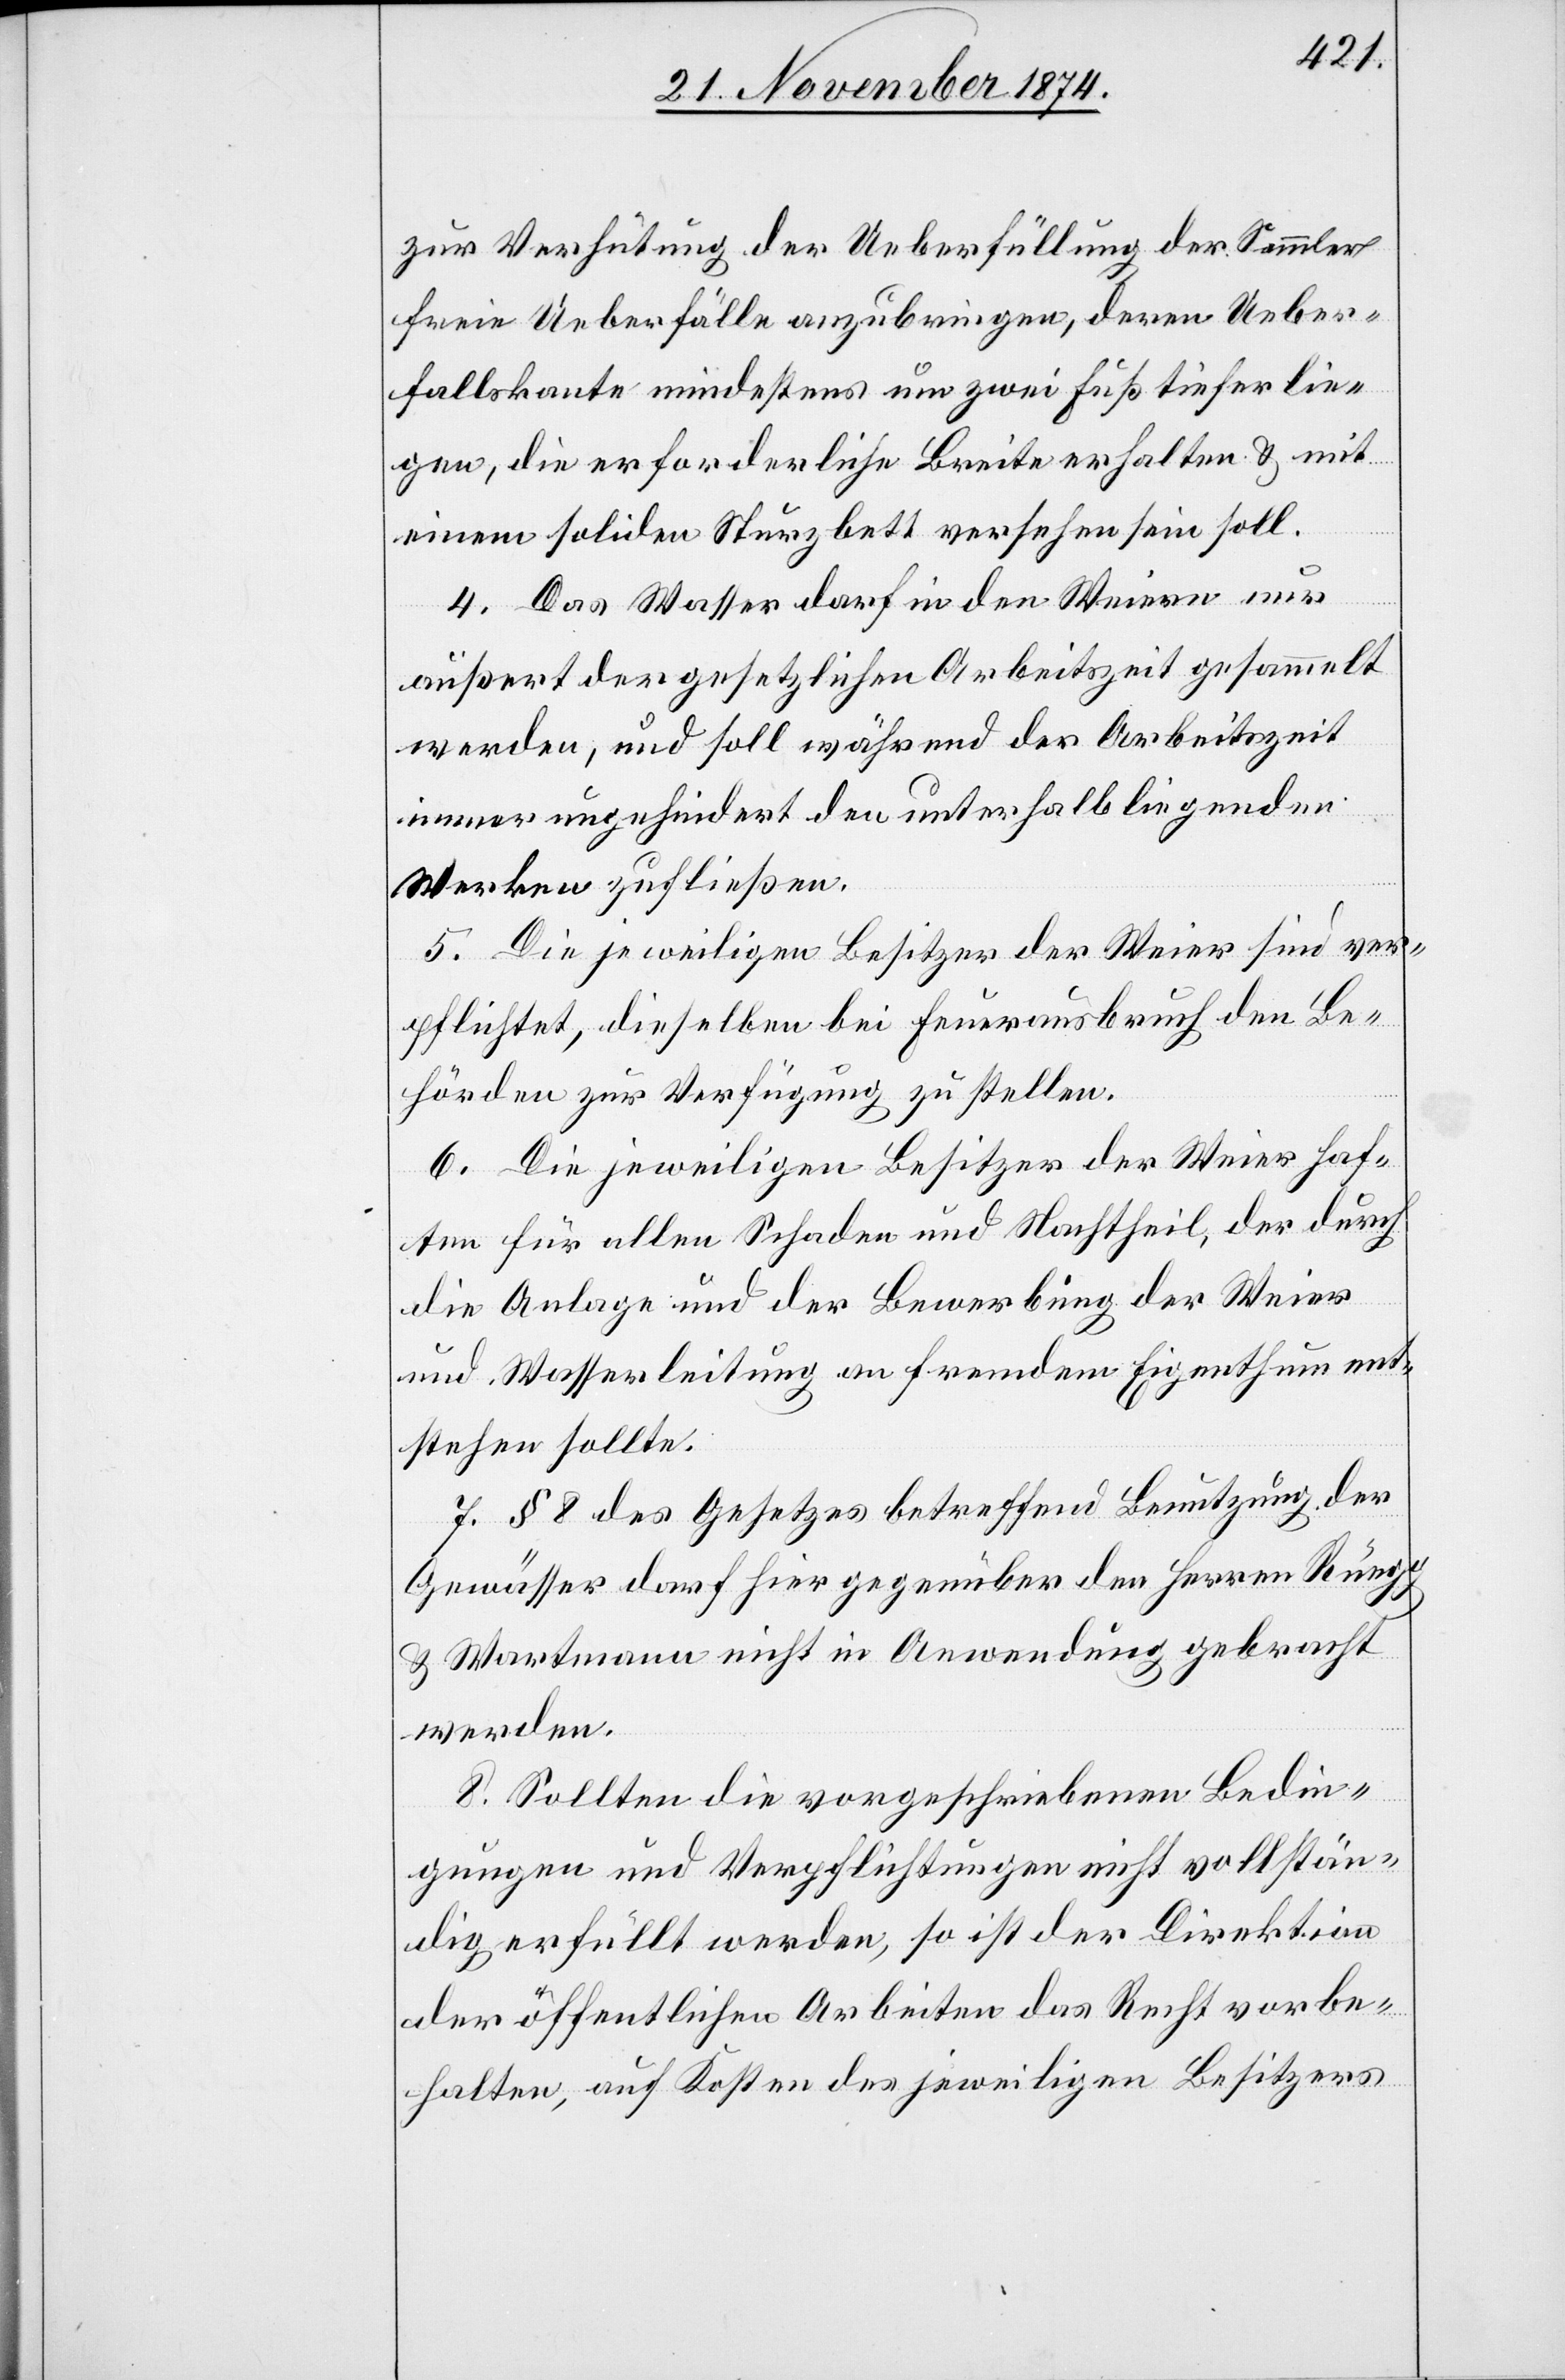
zur Verhütung der Ueberfüllung der Sammler
freie Ueberfälle anzubringen, deren Ueber¬
fallskante mindestens um zwei Fuß tiefer lie¬
gen, die erforderliche Breite erhalten & mit
einem soliden Sturzbett versehen sein soll.
4. Das Wasser darf in den Weiern nur
außert der gesetzlichen Arbeitszeit gesammelt
werden, und soll während der Arbeitszeit
immer ungehindert den unterhalb liegenden
Werken zufließen.
5. Die jeweiligen Besitzer der Weier sind ver¬
pflichtet, dieselben bei Feuerausbruch den Be¬
hörden zur Verfügung zu stellen.
6. Die jeweiligen Besitzer der Weier haf¬
ten für allen Schaden und Nachtheil, der durch
die Anlage und der Bewerbung der Weier
und Wasserleitung an fremdem Eigenthum ent¬
stehen sollte.
7. § 8 des Gesetzes betreffend Benutzung der
Gewässer darf hier gegenüber den Herren Rüegg
& Wartmann nicht in Anwendung gebracht
werden.
8. Sollten die vorgeschriebenen Bedin¬
gungen und Verpflichtungen nicht vollstän¬
dig erfüllt werden, so ist der Direktion
der öffentlichen Arbeiten das Recht vorbe¬
halten, auf Kosten des jeweiligen Besitzers